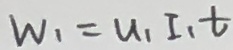
W _ { 1 } = u _ { 1 } I _ { 1 } t